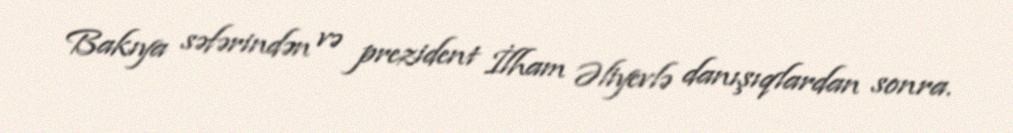
Bakıya səfərindən və prezident İlham Əliyevlə danışıqlardan sonra.